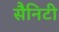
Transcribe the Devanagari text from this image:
सैनिटी